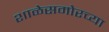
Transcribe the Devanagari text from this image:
शाळेसमोरच्या